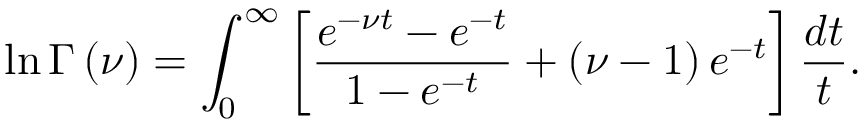
\ln \Gamma \left( \nu \right) = \int _ { 0 } ^ { \infty } \left[ \frac { e ^ { - \nu t } - e ^ { - t } } { 1 - e ^ { - t } } + \left( \nu - 1 \right) e ^ { - t } \right] \frac { d t } t .